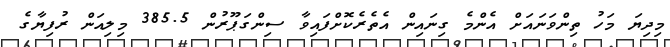
މިދިޔަ މަހު ތިންވަނައަށް އެންމެ ގިނައިން އެތެރެކޮށްފައިވާ ސިންގަޕޫރުން 385.5 މިލިއަން ރުފިޔާގެ